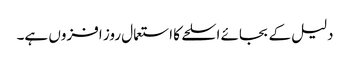
دلیل کے بجائے اسلحے کا استعمال روز افزوں ہے۔